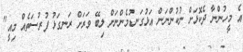
އެ މީހުންނާ ދެކޮޅަށް ނުކުންނަން އަޅުގަނޑުމެންނަށް ލިބޭ ވަރަށް ރަނގަޅު ފުރުސަތެއް މިއީ"